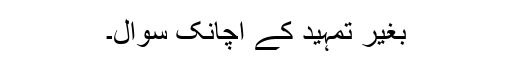
بغیر تمہید کے اچانک سوال۔